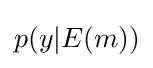
p(y|E(m))